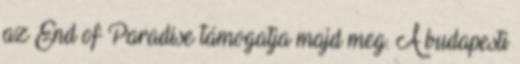
az End of Paradise támogatja majd meg. A budapesti